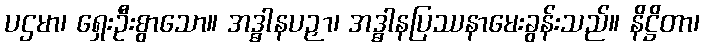
ပဌမာ၊ ရှေးဦးစွာသော။ အဒ္ဓါနပဉှာ၊ အဒ္ဓါနပြဿနာမေးခွန်းသည်။ နိဋ္ဌိတာ၊